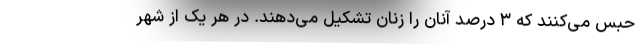
حبس می‌کنند که ۳ درصد آنان را زنان تشکیل می‌دهند. در هر یک از شهر